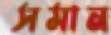
সমান